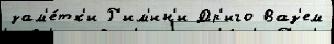
зам'е́тк'и Р'им'ин'и Др'иго Ваз'ем